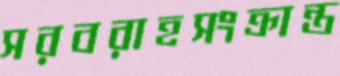
সরবরাহসংক্রান্ত